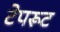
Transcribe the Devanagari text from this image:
टेपरूट